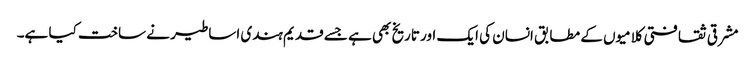
مشرقی ثقافتی کلامیوں کے مطابق انسان کی ایک اور تاریخ بھی ہے جسے قدیم ہندی اساطیر نے ساخت کیا ہے۔